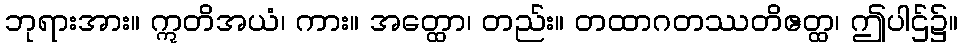
ဘုရားအား။ ဣတိအယံ၊ ကား။ အတ္ထော၊ တည်း။ တထာဂတဿတိဧတ္ထ၊ ဤပါဌ်၌။